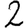
Digit: 2